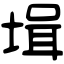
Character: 𡎎